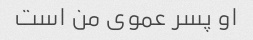
او پسر عموی من است